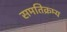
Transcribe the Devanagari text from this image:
समतिक्रम्य